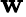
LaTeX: \mathbf{w}_{}